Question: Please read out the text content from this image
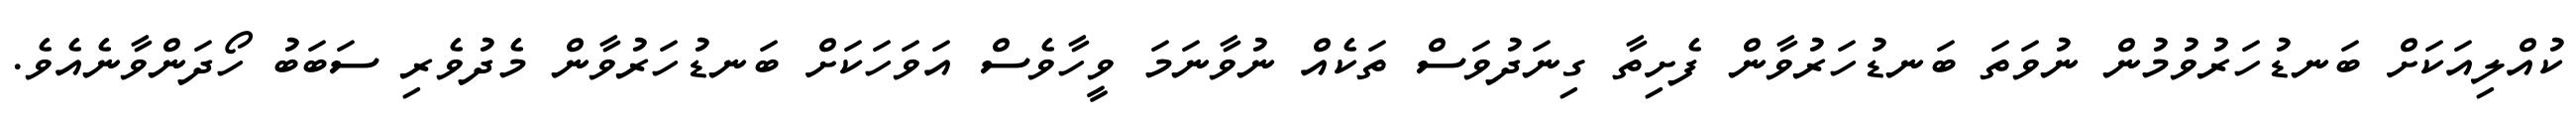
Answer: ކުއްލިއަކަށް ބަނޑުހަރުވުމުން ނުވަތަ ބަނޑުހަރުވާން ފެށިތާ ގިނަދުވަސް ތަކެއް ނުވާނަމަ ވީހާވެސް އަވަހަކަށް ބަނޑުހަރުވާން މެދުވެރި ސަބަބު ހޯދަންވާނެއެވެ.